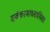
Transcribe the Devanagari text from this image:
सर्वकामावसायिता